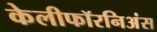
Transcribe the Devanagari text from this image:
केलीफॉरनिअंस